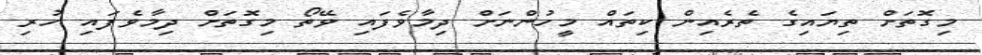
މިގޮތަށް ތިޔައިގެ ތެރެއިން ކިތައް މީހުންނަށް ދިމާވެފައި ވޭތޯ މިގޮތަށް ދިމާވެފައި ހުރި